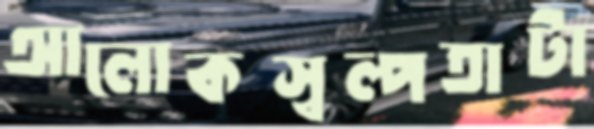
আলোকস্বল্পতাটা